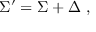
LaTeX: \Sigma ^ { \prime } = \Sigma + \Delta \ ,